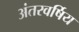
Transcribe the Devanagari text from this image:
अंतरवर्षिय